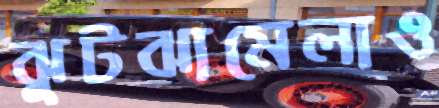
ঝুটঝামেলাও